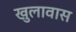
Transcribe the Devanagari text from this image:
खुलावास